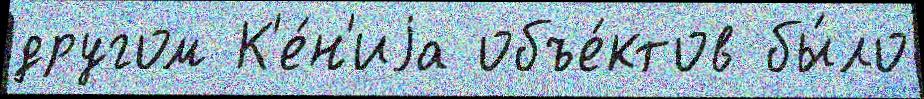
другом К'е́н'иjа объе́ктов бы́ло